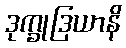
ဒုက္ခုဒြယာနိ